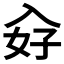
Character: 𭀿